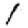
Digit: 1